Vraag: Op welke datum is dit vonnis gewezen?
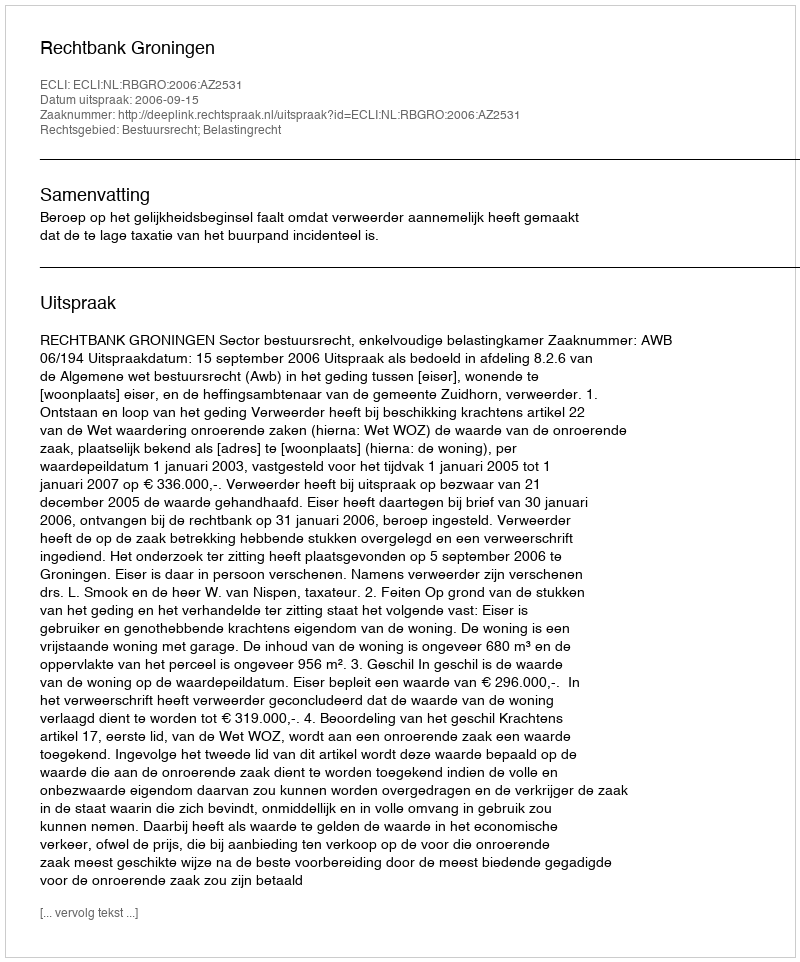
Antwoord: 2006-09-15